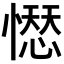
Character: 𢡊